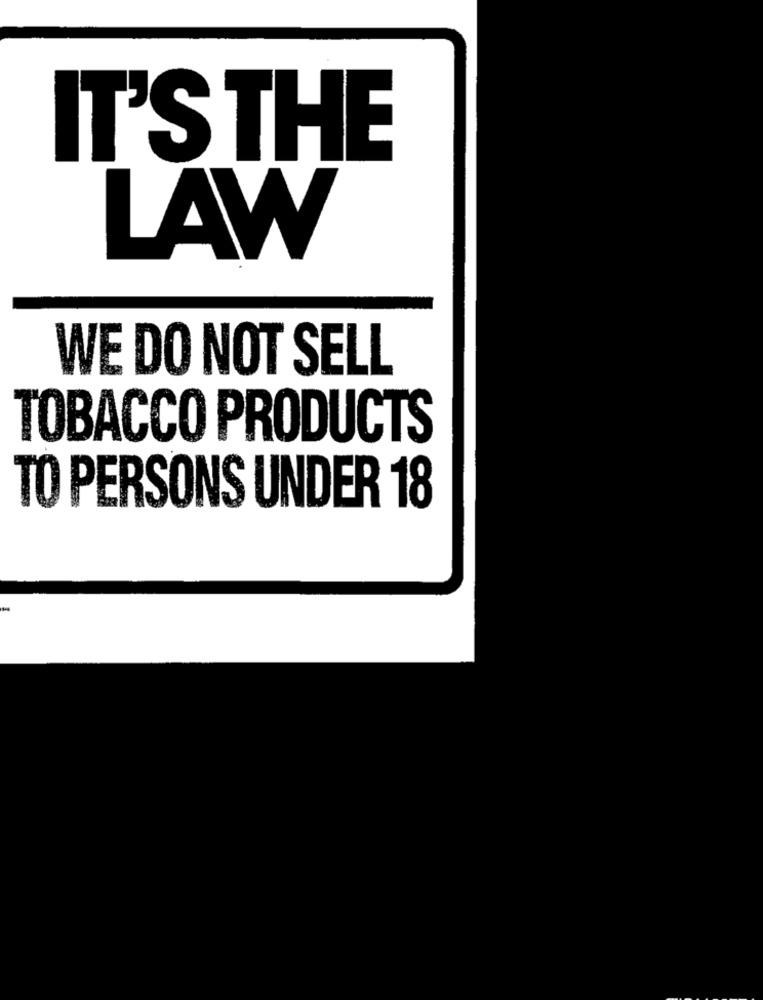
IT'S THE
LAW
WE DO NOT SELL
TOBACCO PRODUCTS
TO PERSONS UNDER 18